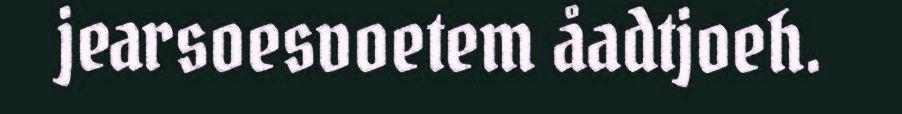
jearsoesvoetem åadtjoeh.